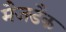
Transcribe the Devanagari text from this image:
मैजडैक